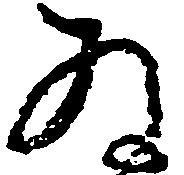
為